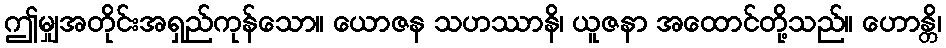
ဤမျှအတိုင်းအရှည်ကုန်သော။ ယောဇန သဟဿာနိ၊ ယူဇနာ အထောင်တို့သည်။ ဟောန္တိ၊